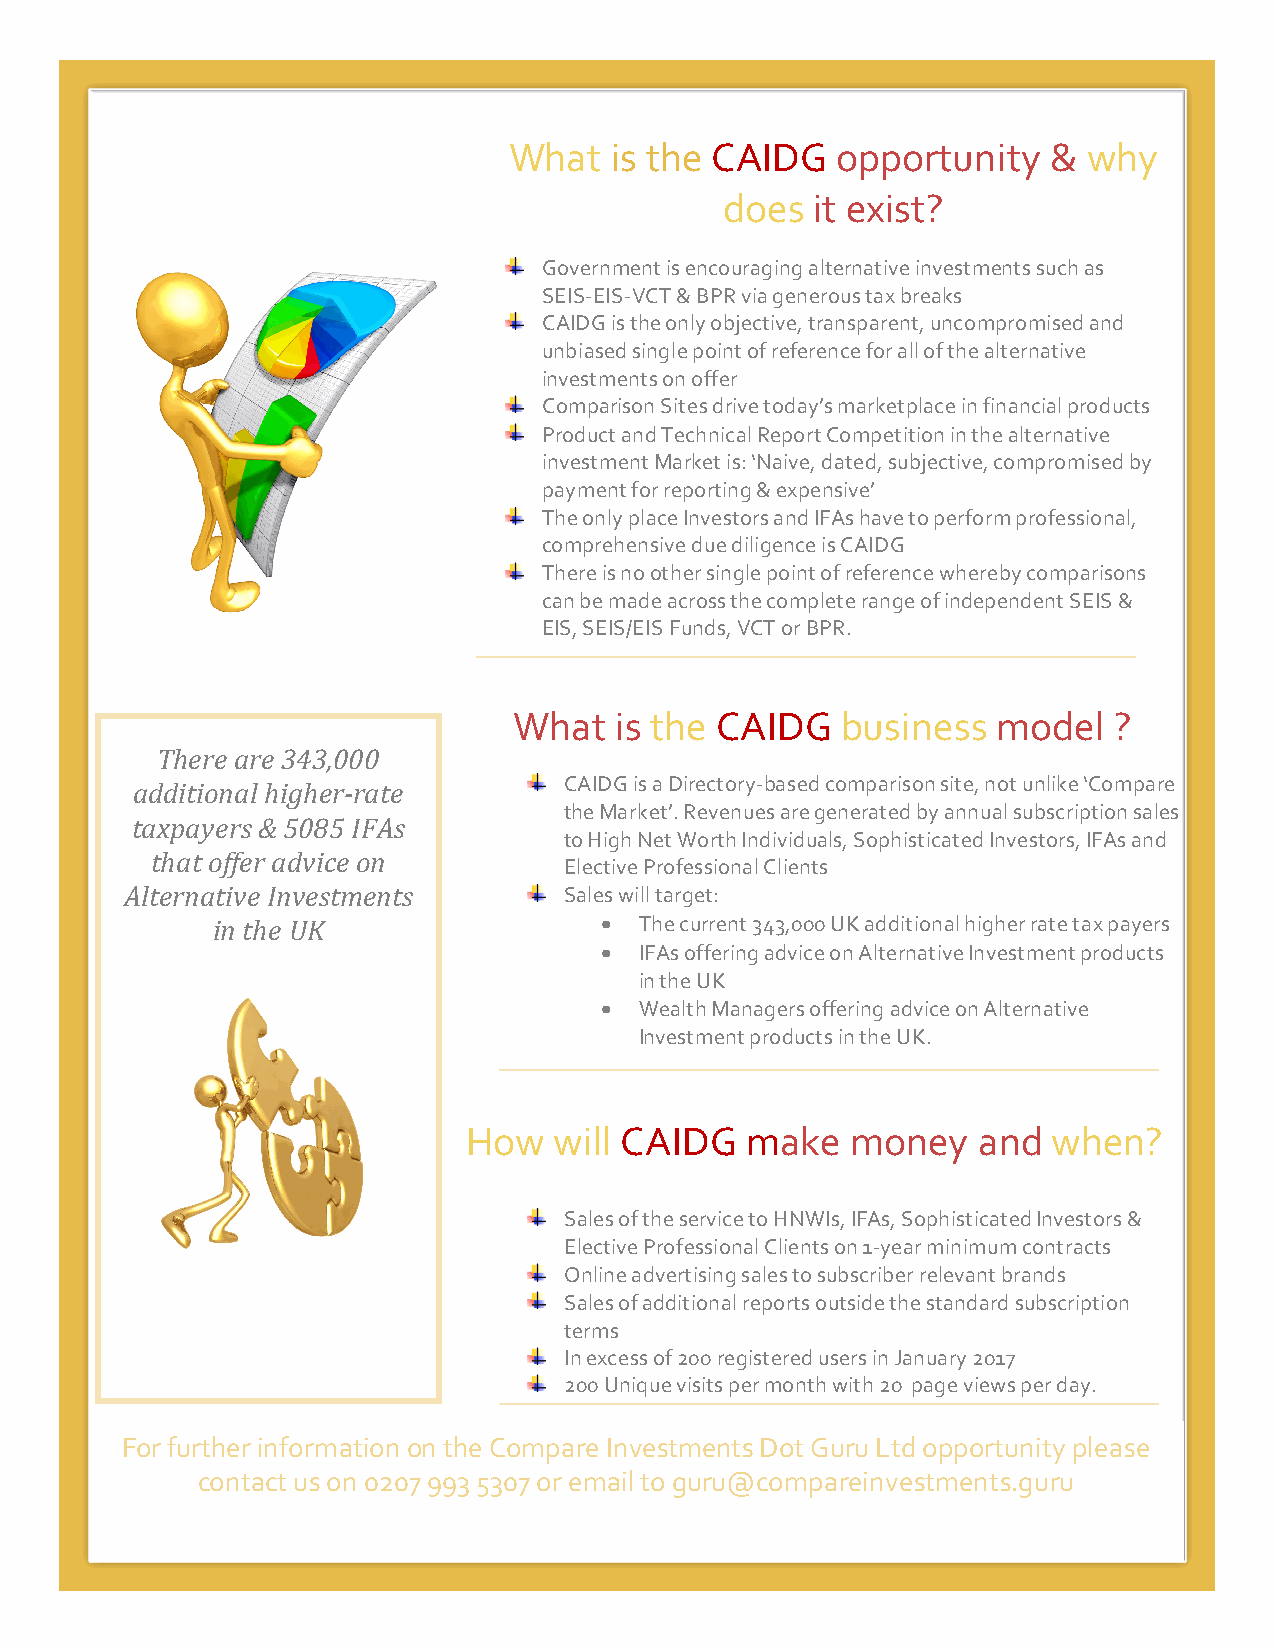
;
 What  is the CAIDG   opportunity    & why
 does  it exist?
 Government is encouraging alternative investments such as
 SEIS-EIS-VCT & BPR via generous tax breaks
 CAIDG is the only objective, transparent, uncompromised and
 unbiased single point of reference for all of the alternative
 investments on offer
 Comparison Sites drive today’s marketplace in financial products
 Product and Technical Report Competition in the alternative
 investment Market is: ‘Naive, dated, subjective, compromised by
 payment for reporting & expensive’
 The only place Investors and IFAs have to perform professional,
 comprehensive due diligence is CAIDG
 There is no other single point of reference whereby comparisons
 can be made across the complete range of independent SEIS &
 EIS, SEIS/EIS Funds, VCT or BPR.
 What   is the CAIDG   business  model   ?
 There are 343,000
 addiAtiolniaql huigahemr-ra te CAIDG is a Directory-based comparison site, not unlike ‘Compare
 the Market’. Revenues are generated by annual subscription sales
 taxpayers & 5085 IFAs
 to High Net Worth Individuals, Sophisticated Investors, IFAs and
 that offer advice on
 Elective Professional Clients
 Alternative Investments      Sales will target:
 in the UK                 • The current 343,000 UK additional higher rate tax payers
 • IFAs offering advice on Alternative Investment products
 in the UK
 • Wealth Managers offering advice on Alternative
 Investment products in the UK.
 How   will CAIDG  make   money    and  when?
 Sales of the service to HNWIs, IFAs, Sophisticated Investors &
 Elective Professional Clients on 1-year minimum contracts
 Online advertising sales to subscriber relevant brands
 Sales of additional reports outside the standard subscription
 terms
 In excess of 200 registered users in January 2017
 200 Unique visits per month with 20 page views per day.
 For further information on the Compare Investments Dot Guru Ltd opportunity please
 contact us on 0207 993 5307 or email to guru@compareinvestments.guru